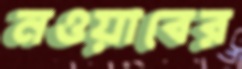
নওয়াবের